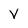
Character: v